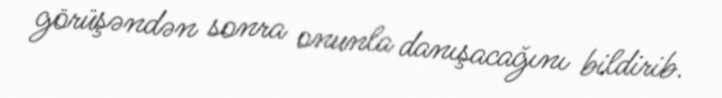
görüşəndən sonra onunla danışacağını bildirib.